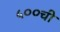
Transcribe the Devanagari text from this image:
५००ची